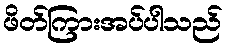
ဖိတ်ကြားအပ်ပါသည်